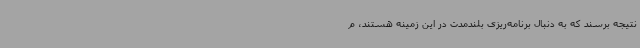
نتیجه برسند که به دنبال برنامه‌ریزی بلندمدت در این زمینه هستند، م